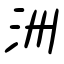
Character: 洲